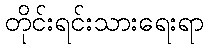
တိုင်းရင်းသားရေးရာ